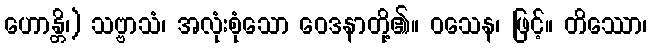
ဟောန္တိ၊) သဗ္ဗာသံ၊ အလုံးစုံသော ဝေဒနာတို့၏။ ဝသေန၊ ဖြင့်။ တိဿော၊